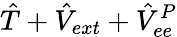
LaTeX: \hat{T}+\hat{V}_{ext}+\hat{V}_{ee}^{P}